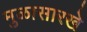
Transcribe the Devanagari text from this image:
मुळासारखे